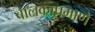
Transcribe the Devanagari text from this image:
बालकाप्रमाणे